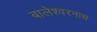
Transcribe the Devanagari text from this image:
बालेश्वरनाथ